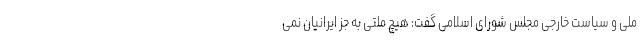
ملی و سیاست خارجی مجلس شورای اسلامی گفت: هیچ ملتی به جز ایرانیان نمی